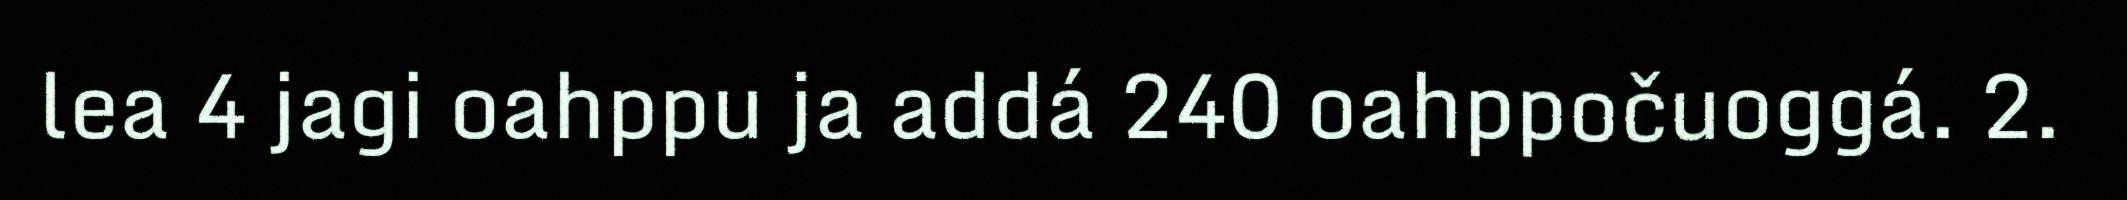
lea 4 jagi oahppu ja addá 240 oahppočuoggá. 2.